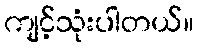
ကျင့်သုံးပါတယ်။